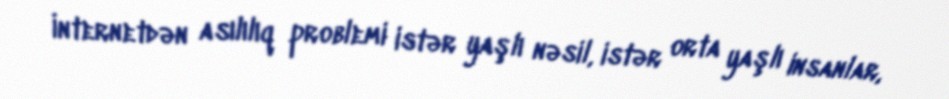
İnternetdən asılılıq problemi istər yaşlı nəsil, istər orta yaşlı insanlar,